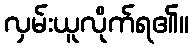
လှမ်းယူလိုက်ရ၏။